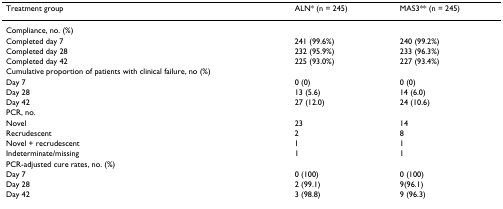
| Treatment group | ALN* (n = 245) | MAS3** (n = 245) |
 | --- | --- | --- |
 | Compliance, no. (%) |  |  |
 | Completed day 7 | 241 (99.6%) | 240 (99.2%) |
 | Completed day 28 | 232 (95.9%) | 233 (96.3%) |
 | Completed day 42 | 225 (93.0%) | 227 (93.4%) |
 | Cumulative proportion of patients with clinical failure, no (%) |  |  |
 | Day 7 | 0 (0) | 0 (0) |
 | Day 28 | 13 (5.6) | 14 (6.0) |
 | Day 42 | 27 (12.0) | 24 (10.6) |
 | PCR, no. |  |  |
 | Novel | 23 | 14 |
 | Recrudescent | 2 | 8 |
 | Novel + recrudescent | 1 | 1 |
 | Indeterminate/missing | 1 | 1 |
 | PCR-adjusted cure rates, no. (%) |  |  |
 | Day 7 | 0 (100) | 0 (100) |
 | Day 28 | 2 (99.1) | 9(96.1) |
 | Day 42 | 3 (98.8) | 9 (96.3) |